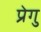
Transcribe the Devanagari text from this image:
प्रेगु